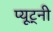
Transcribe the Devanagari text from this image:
प्यूट्नी